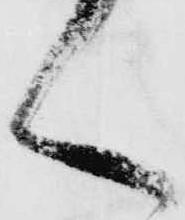
く